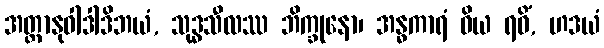
အတ္တာနုဝါဒါဒိဘယံ, သုဒ္ဓသီလဿ ဘိက္ခုနော၊ အန္ဓကာရံ ဝိယ ရဝိံ, ဟဒယံ